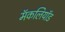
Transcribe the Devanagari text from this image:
मॅकलियॉड